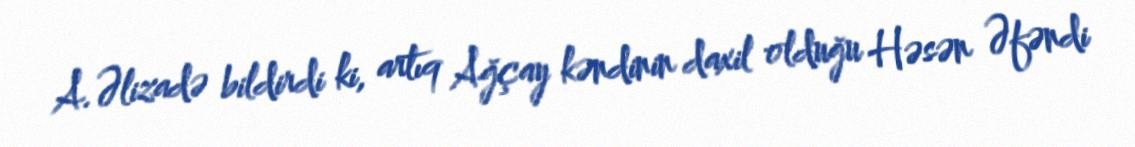
A.Əlizadə bildirdi ki, artıq Ağçay kəndinin daxil olduğu Həsən Əfəndi